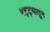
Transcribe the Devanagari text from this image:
पट्ट्यातून